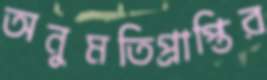
অনুমতিপ্রাপ্তির